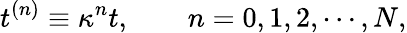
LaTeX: t^{(n)}\equiv\kappa^{n}t,\ \ \ \ \ \ \ \ n=0,1,2,\cdots,N,